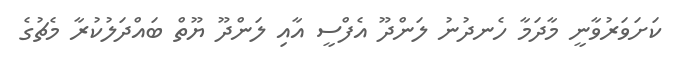
ކަށަވަރުވާނީ މާދަމާ ހެނދުނު ލަންދޫ އެފްސީ އާއި ލަންދޫ ޔޫތް ބައްދަލުކުރާ މެޗުގެ